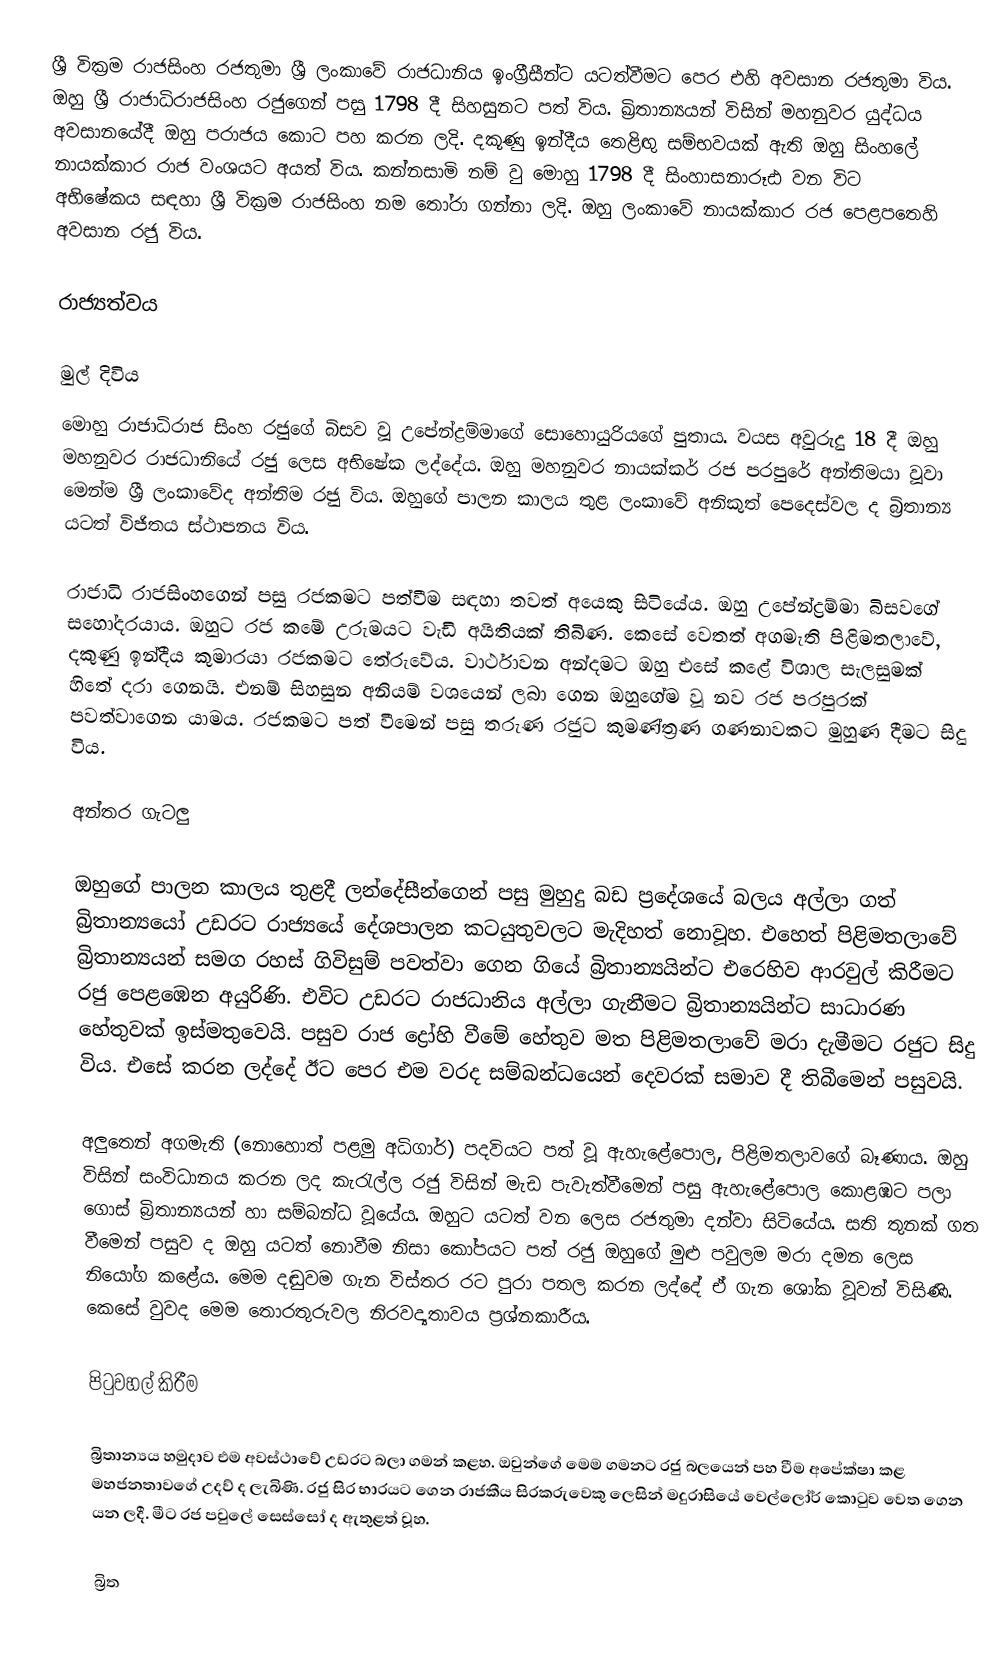
ශ්‍රී වික්‍රම රාජසිංහ රජතුමා ශ්‍රී ලංකාවේ රාජධානිය ඉංග්‍රීසීන්ට යටත්වීමට පෙර එහි අවසාන රජතුමා විය. ඔහු ශ්‍රී රාජාධිරාජසිංහ රජුගෙන් පසු 1798 දී සිහසුනට පත් විය. ඛ්‍රිතාන්‍යයන් විසින් මහනුවර යුද්ධය අවසානයේදී ඔහු පරාජය කොට පහ කරන ලදි. දකූණු ඉන්දීය තෙළිඟු සම්භවයක් ඇති ඔහු  සිංහලේ නායක්කාර රාජ වංශයට අයත් විය. කන්නසාමි නම් වු මොහු 1798 දී සිංහාසනාරූඪ වන විට අභිෂේකය සඳහා ශ්‍රී වික්‍රම රාජසිංහ නම තෝරා ගන්නා ලදි. ඔහු ලංකාවේ නායක්කාර රජ පෙළපතෙහි අවසාන රජු විය.

රාජ්‍යත්වය

මුල් දිවිය
මොහු රාජාධිරාජ සිංහ රජුගේ බිසව වූ උපේන්ද්‍රම්මාගේ සොහොයුරියගේ පුතාය. වයස අවුරුදු 18 දී ඔහු මහනුවර රාජධානියේ රජු ලෙස අභිෂේක ලද්දේය. ඔහු මහනුවර නායක්කර් රජ පරපුරේ අන්තිමයා වූවා මෙන්ම ශ්‍රී ලංකාවේද අන්තිම රජු විය. ඔහුගේ පාලන කාලය තුළ ලංකාවේ අනිකුත් පෙදෙස්වල ද බ්‍රිතාන්‍ය යටත් විජිතය ස්ථාපනය විය.

රාජාධි රාජසිංහගෙන් පසු රජකමට පත්වීම සඳහා තවත් අයෙකු සිටියේය. ඔහු උපේන්ද්‍රම්මා බිසවගේ සහෝදරයාය. ඔහුට රජ කමේ උරුමයට වැඩි අයිතියක් තිබිණ. කෙසේ වෙතත් අගමැති පිළිමතලාවේ, දකුණු ඉන්දීය කුමාරයා රජකමට තේරුවේය. වාර්ථාවන අන්දමට ඔහු එසේ කළේ විශාල සැලසුමක් හිතේ දරා ගෙනයි. එනම් සිහසුන අනියම් වශයෙන් ලබා ගෙන ඔහුගේම වූ නව රජ පරපුරක් පවත්වාගෙන යාමය. රජකමට පත් වීමෙන් පසු තරුණ රජුට කුමණ්ත්‍රණ ගණනාවකට මුහුණ දීමට සිදු විය.

අන්තර ගැටලු

ඔහුගේ පාලන කාලය තුළදී ලන්දේසීන්ගෙන් පසු මුහුදු බඩ ප්‍රදේශයේ බලය අල්ලා ගත් බ්‍රිතාන්‍යයෝ උඩරට රාජ්‍යයේ දේශපාලන කටයුතුවලට මැදිහත් නොවූහ. එහෙත් පිළිමතලාවේ බ්‍රිතාන්‍යයන් සමග රහස් ගිවිසුම් පවත්වා ගෙන ගියේ බ්‍රිතාන්‍යයින්ට එරෙහිව ආරවුල් කිරීමට රජු පෙළඹෙන අයුරිණි. එවිට උඩරට රාජධානිය අල්ලා ගැනීමට බ්‍රිතාන්‍යයින්ට සාධාරණ හේතුවක් ඉස්මතුවෙයි. පසුව රාජ ද්‍රෝහි වීමේ හේතුව මත පිළිමතලාවේ මරා දැමීමට රජුට සිදු විය. එසේ කරන ලද්දේ ඊට පෙර එම වරද සම්බන්ධයෙන් දෙවරක් සමාව දී තිබීමෙන් පසුවයි.

අලුතෙන් අගමැති (නොහොත් පළමු අධිගාර්) පදවියට පත් වූ ඇහැළේපොල, පිළිමතලාවගේ බෑණාය. ඔහු විසින් සංවිධානය කරන ලද කැරැල්ල රජු විසින් මැඩ පැවැත්වීමෙන් පසු ඇහැළේපොල කොළඹට පලා ගොස් බ්‍රිතාන්‍යයන් හා සම්බන්ධ වූයේය. ඔහුට යටත් වන ලෙස රජතුමා දන්වා සිටියේය. සති තුනක් ගත වීමෙන් පසුව ද ඔහු යටත් නොවීම නිසා කෝපයට පත් රජු ඔහුගේ මුළු පවුලම මරා දමන ලෙස නියෝග කළේය. මෙම දඬුවම ගැන විස්තර රට පුරා පතල කරන ලද්දේ ඒ ගැන ශෝක වූවන් විසිණි. කෙසේ වුවද මෙම තොරතුරුවල නිරවද්‍යතාවය ප්‍රශ්නකාරීය.

පිටුවහල් කිරීම

බ්‍රිතාන්‍යය හමුදාව එම අවස්ථාවේ උඩරට බලා ගමන් කළහ. ඔවුන්ගේ මෙම ගමනට රජු බලයෙන් පහ වීම අපේක්ෂා කළ මහජනතාවගේ උදව් ද ලැබිණි. රජු සිර භාරයට ගෙන රාජකීය සිරකරුවෙකු ලෙසින් මදුරාසියේ වෙල්ලෝර් කොටුව වෙත ගෙන යන ලදී. මීට රජ පවුලේ සෙස්සෝ ද ඇතුළත් වූහ.

බ්‍රිත